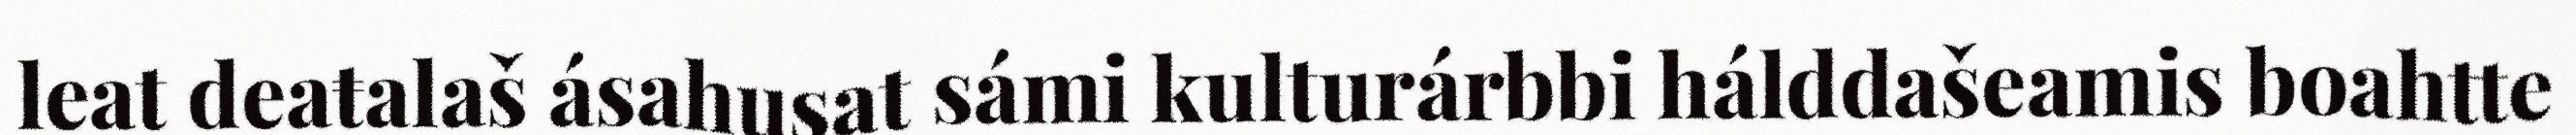
leat deaŧalaš ásahusat sámi kulturárbbi hálddašeamis boahtte